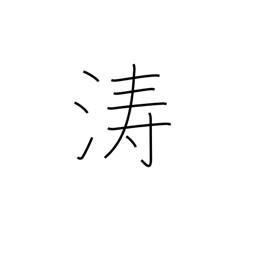
Meaning: billows